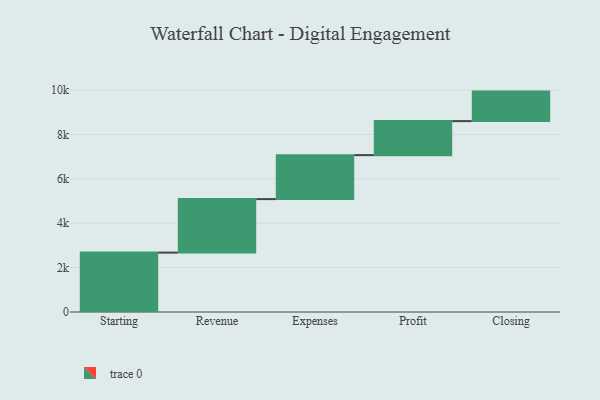
{"axis": {"x": "Step", "y": "Value"}, "legend": [""], "data": [{"x": "Starting", "y": 2677.0, "type": ""}, {"x": "Revenue", "y": 2411.0, "type": ""}, {"x": "Expenses", "y": 1982.0, "type": ""}, {"x": "Profit", "y": 1533.0, "type": ""}, {"x": "Closing", "y": 1330.0, "type": ""}]}